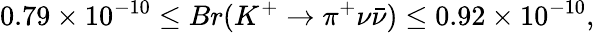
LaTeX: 0.79\times 10^{-10}\leq Br(K^{+}\rightarrow\pi^{+}\nu\bar{\nu})\leq 0.92\times 10^{-10},